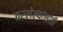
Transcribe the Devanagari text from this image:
ठरलेल्यांसाठी